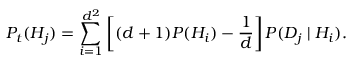
P _ { t } ( H _ { j } ) = \sum _ { i = 1 } ^ { d ^ { 2 } } \left[ ( d + 1 ) P ( H _ { i } ) - { \frac { 1 } { d } } \right] P ( D _ { j } \mid H _ { i } ) .